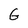
Character: G